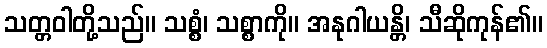
သတ္တဝါတို့သည်။ သစ္စံ၊ သစ္စာကို။ အနုဂါယန္တိ၊ သီဆိုကုန်၏။